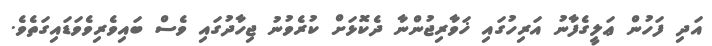
އަދި ފަހުން ޢަލީގެފާނު އަރިހުގައި ޚަވާރިޖުންނާ ދެކޮޅަށް ކުރެވުނު ޖިހާދުގައި ވެސް ބައިވެރިވެވަޑައިގަތެވެ.